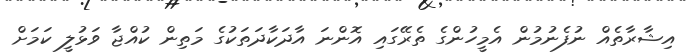
އިޝާރާތެއް ނުފެނުމުން އެމީހުންގެ ތެރޭގައި އޮންނަ އާދަކާދަތަކުގެ މަތިން ކުއްޖާ ވަޅުލީ ކަމަށް